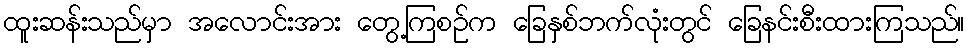
ထူးဆန်းသည်မှာ အလောင်းအား တွေ့ကြစဉ်က ခြေနှစ်ဘက်လုံးတွင် ခြေနင်းစီးထားကြသည်။